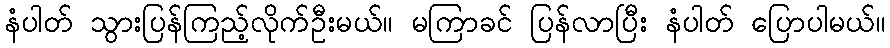
နံပါတ် သွားပြန်ကြည့်လိုက်ဦးမယ်။ မကြာခင် ပြန်လာပြီး နံပါတ် ပြောပါမယ်။